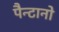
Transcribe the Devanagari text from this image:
पैन्टानो